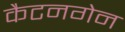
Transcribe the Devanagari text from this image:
कैटनगेन